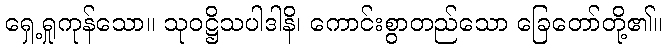
ရှေ့ရှုကုန်သော။ သုဝဋ္ဌိသပါဒါနိ၊ ကောင်းစွာတည်သော ခြေတော်တို့၏။